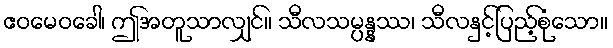
ဧဝမေဝခေါ၊ ဤအတူသာလျှင်။ သီလသမ္ပန္နဿ၊ သီလနှင့်ပြည့်စုံသော။